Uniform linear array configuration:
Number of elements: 64
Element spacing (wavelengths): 0.25
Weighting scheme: binomial
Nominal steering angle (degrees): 0
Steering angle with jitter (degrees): -1.277
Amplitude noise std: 0.05
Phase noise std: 0.05

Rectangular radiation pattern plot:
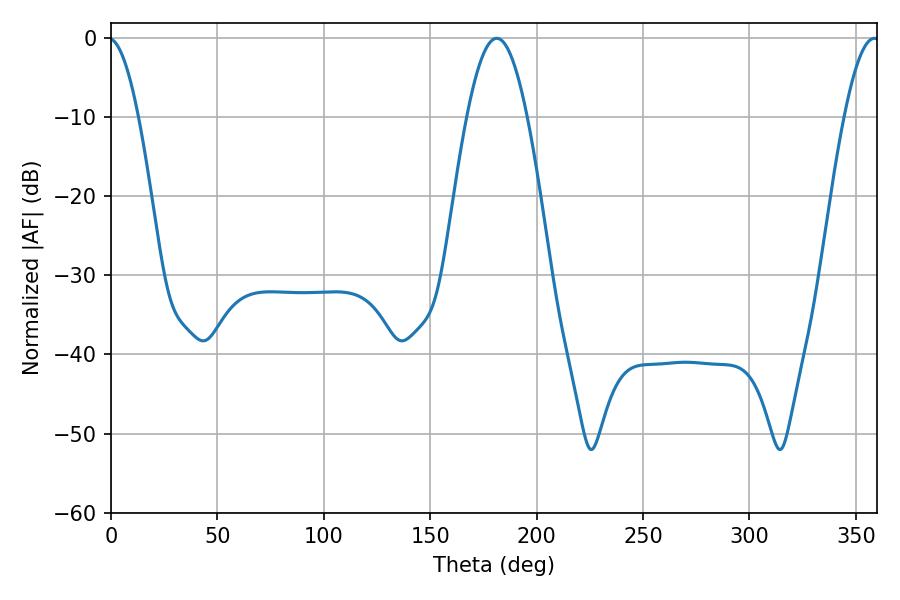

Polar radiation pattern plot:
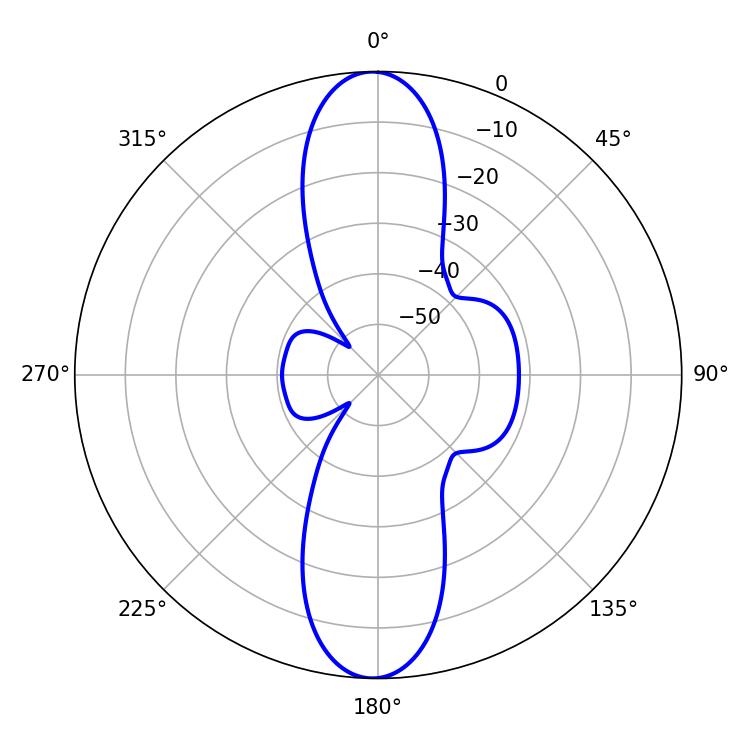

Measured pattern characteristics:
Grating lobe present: FALSE
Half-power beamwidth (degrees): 15.3
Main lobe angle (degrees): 181.26